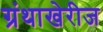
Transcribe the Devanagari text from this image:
ग्रंथाखेरीज